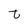
Character: t